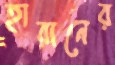
হারানের